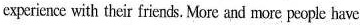
experience with their friends. More and more people have